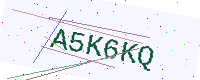
Text: A5K6KQ